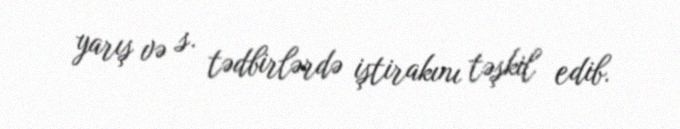
yarış və s. tədbirlərdə iştirakını təşkil edib.